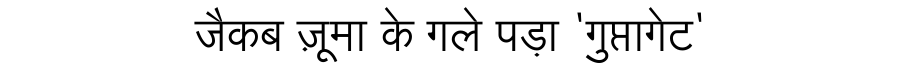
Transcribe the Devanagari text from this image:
जैकब ज़ूमा के गले पड़ा 'गुप्तागेट'